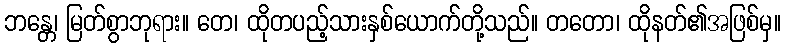
ဘန္တေ၊ မြတ်စွာဘုရား။ တေ၊ ထိုတပည့်သားနှစ်ယောက်တို့သည်။ တတော၊ ထိုနတ်၏အဖြစ်မှ။